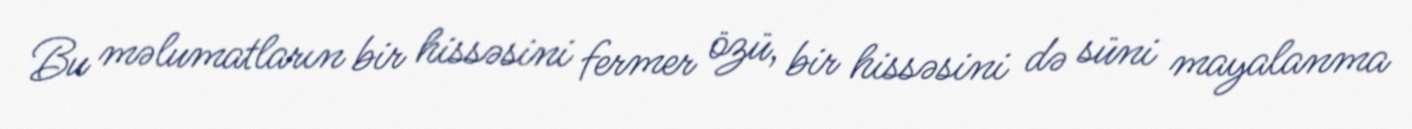
Bu məlumatların bir hissəsini fermer özü, bir hissəsini də süni mayalanma